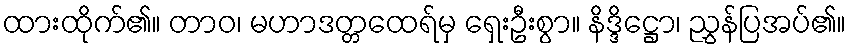
ထားထိုက်၏။ တာဝ၊ မဟာဒတ္တထေရ်မှ ရှေးဦးစွာ။ နိဒ္ဒိဋ္ဌော၊ ညွှန်ပြအပ်၏။